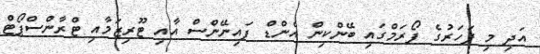
އަދި މި ފަހަރުގެ ފޯރަމްގައި ބޭންކިން އެންޑް ފައިނޭންސް އާއި ޓޫރިޒަމާއި ޓްރާންސްޕޯޓް